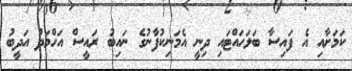
ކަމަށާއި އެ ފައިސާ ބަލަހައްޓައި ދިނީ އެމަނިކުފާނުގެ ނައިބު ރައީސް އަހްމަދު އަދީބު